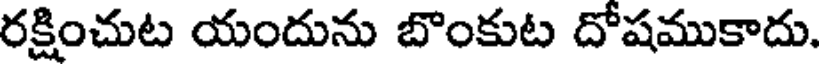
రక్షించుట యందును బొంకుట దోషముకాదు.